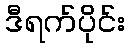
ဒီရက်ပိုင်း